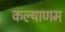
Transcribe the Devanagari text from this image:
कल्‍याणम